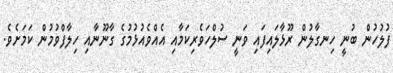
ފުލުހުން ބުނީ ހިނގާލުން ރޫޅާލައިފައި ވަނީ ސުލްހަވެރިކަމާއި އެއްވެއުޅުމުގެ ގާނޫނާއި ހިލާފްވުމުން ކަމަށެވެ.